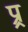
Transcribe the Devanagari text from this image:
प्र्र